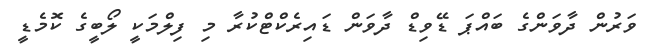
ވަރުން ދާވަންގެ ބައްޕަ ޑޭވިޑް ދާވަން ޑައިރެކްޓްކުރާ މި ފިލްމަކީ ލޯބީގެ ކޮމެޑީ